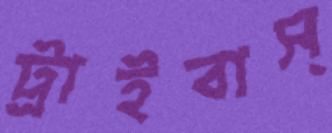
ট্রাইবাস্